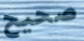
صحيح